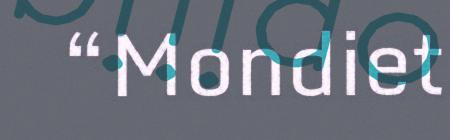
“Mondiet